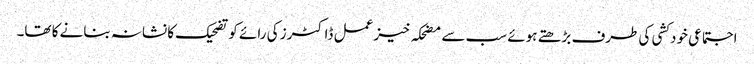
اجتماعی خودکشی کی طرف بڑھتے ہوئے سب سے مضحکہ خیز عمل ڈاکٹرز کی رائے کو تضحیک کا نشانہ بنانے کا تھا۔